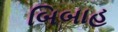
બિબાહ